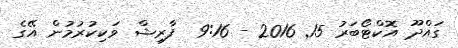
ގައްދޫ އޮކްޓޯބަރު 15